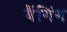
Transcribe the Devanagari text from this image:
बैंगिंग